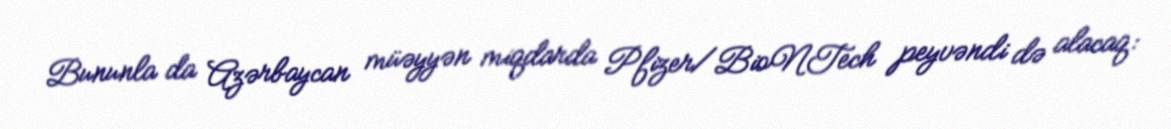
Bununla da Azərbaycan müəyyən miqdarda Pfizer/BioNTech peyvəndi də alacaq: